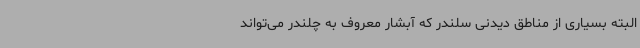
البته بسیاری از مناطق دیدنی سلندر که آبشار معروف به چلندر می‌تواند